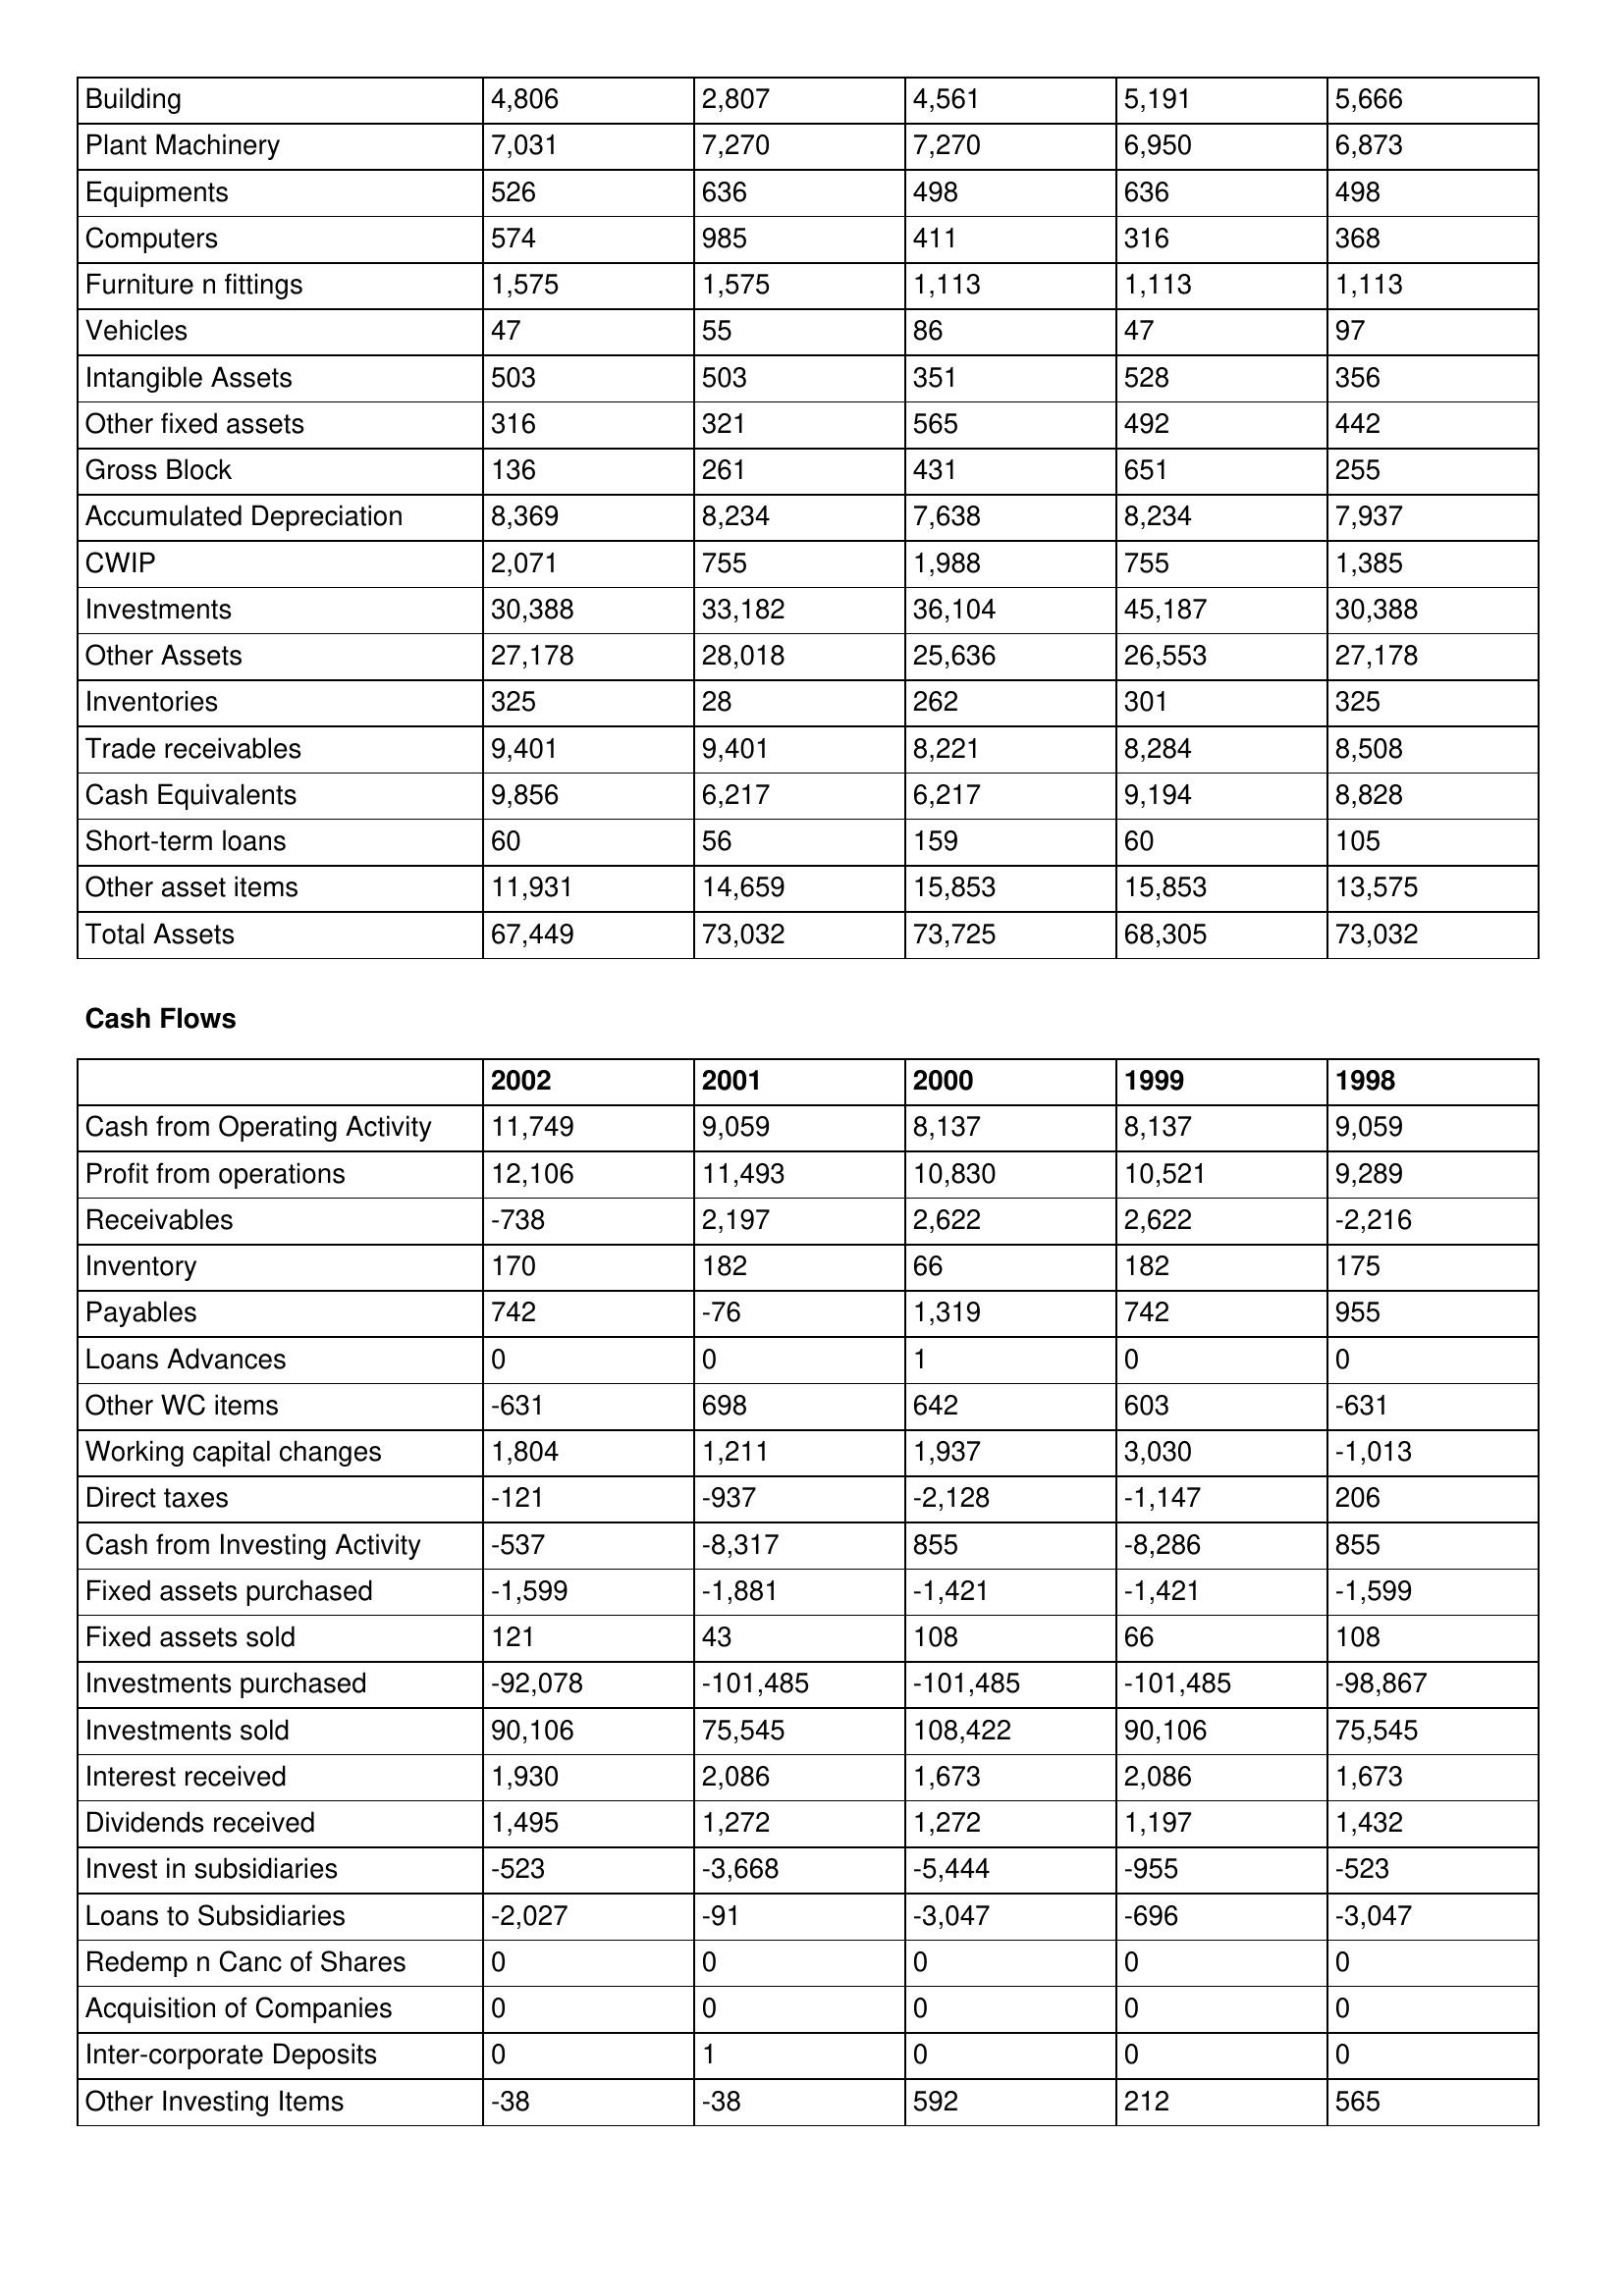
gt_parse: 2002: Balance Sheet: Building: 4,806
Plant Machinery: 7,031
Equipments: 526
Computers: 574
Furniture n fittings: 1,575
Vehicles: 47
Intangible Assets: 503
Other fixed assets: 316
Gross Block: 136
Accumulated Depreciation: 8,369
CWIP: 2,071
Investments: 30,388
Other Assets: 27,178
Inventories: 325
Trade receivables: 9,401
Cash Equivalents: 9,856
Short-term loans: 60
Other asset items: 11,931
Total Assets: 67,449
Cash Flows: Cash from Operating Activity: 11,749
Profit from operations: 12,106
Receivables: -738
Inventory: 170
Payables: 742
Loans Advances: 0
Other WC items: -631
Working capital changes: 1,804
Direct taxes: -121
Cash from Investing Activity: -537
Fixed assets purchased: -1,599
Fixed assets sold: 121
Investments purchased: -92,078
Investments sold: 90,106
Interest received: 1,930
Dividends received: 1,495
Invest in subsidiaries: -523
Loans to Subsidiaries: -2,027
Redemp n Canc of Shares: 0
Acquisition of Companies: 0
Inter-corporate Deposits: 0
Other Investing Items: -38
2001: Balance Sheet: Building: 2,807
Plant Machinery: 7,270
Equipments: 636
Computers: 985
Furniture n fittings: 1,575
Vehicles: 55
Intangible Assets: 503
Other fixed assets: 321
Gross Block: 261
Accumulated Depreciation: 8,234
CWIP: 755
Investments: 33,182
Other Assets: 28,018
Inventories: 28
Trade receivables: 9,401
Cash Equivalents: 6,217
Short-term loans: 56
Other asset items: 14,659
Total Assets: 73,032
Cash Flows: Cash from Operating Activity: 9,059
Profit from operations: 11,493
Receivables: 2,197
Inventory: 182
Payables: -76
Loans Advances: 0
Other WC items: 698
Working capital changes: 1,211
Direct taxes: -937
Cash from Investing Activity: -8,317
Fixed assets purchased: -1,881
Fixed assets sold: 43
Investments purchased: -101,485
Investments sold: 75,545
Interest received: 2,086
Dividends received: 1,272
Invest in subsidiaries: -3,668
Loans to Subsidiaries: -91
Redemp n Canc of Shares: 0
Acquisition of Companies: 0
Inter-corporate Deposits: 1
Other Investing Items: -38
2000: Balance Sheet: Building: 4,561
Plant Machinery: 7,270
Equipments: 498
Computers: 411
Furniture n fittings: 1,113
Vehicles: 86
Intangible Assets: 351
Other fixed assets: 565
Gross Block: 431
Accumulated Depreciation: 7,638
CWIP: 1,988
Investments: 36,104
Other Assets: 25,636
Inventories: 262
Trade receivables: 8,221
Cash Equivalents: 6,217
Short-term loans: 159
Other asset items: 15,853
Total Assets: 73,725
Cash Flows: Cash from Operating Activity: 8,137
Profit from operations: 10,830
Receivables: 2,622
Inventory: 66
Payables: 1,319
Loans Advances: 1
Other WC items: 642
Working capital changes: 1,937
Direct taxes: -2,128
Cash from Investing Activity: 855
Fixed assets purchased: -1,421
Fixed assets sold: 108
Investments purchased: -101,485
Investments sold: 108,422
Interest received: 1,673
Dividends received: 1,272
Invest in subsidiaries: -5,444
Loans to Subsidiaries: -3,047
Redemp n Canc of Shares: 0
Acquisition of Companies: 0
Inter-corporate Deposits: 0
Other Investing Items: 592
1999: Balance Sheet: Building: 5,191
Plant Machinery: 6,950
Equipments: 636
Computers: 316
Furniture n fittings: 1,113
Vehicles: 47
Intangible Assets: 528
Other fixed assets: 492
Gross Block: 651
Accumulated Depreciation: 8,234
CWIP: 755
Investments: 45,187
Other Assets: 26,553
Inventories: 301
Trade receivables: 8,284
Cash Equivalents: 9,194
Short-term loans: 60
Other asset items: 15,853
Total Assets: 68,305
Cash Flows: Cash from Operating Activity: 8,137
Profit from operations: 10,521
Receivables: 2,622
Inventory: 182
Payables: 742
Loans Advances: 0
Other WC items: 603
Working capital changes: 3,030
Direct taxes: -1,147
Cash from Investing Activity: -8,286
Fixed assets purchased: -1,421
Fixed assets sold: 66
Investments purchased: -101,485
Investments sold: 90,106
Interest received: 2,086
Dividends received: 1,197
Invest in subsidiaries: -955
Loans to Subsidiaries: -696
Redemp n Canc of Shares: 0
Acquisition of Companies: 0
Inter-corporate Deposits: 0
Other Investing Items: 212
1998: Balance Sheet: Building: 5,666
Plant Machinery: 6,873
Equipments: 498
Computers: 368
Furniture n fittings: 1,113
Vehicles: 97
Intangible Assets: 356
Other fixed assets: 442
Gross Block: 255
Accumulated Depreciation: 7,937
CWIP: 1,385
Investments: 30,388
Other Assets: 27,178
Inventories: 325
Trade receivables: 8,508
Cash Equivalents: 8,828
Short-term loans: 105
Other asset items: 13,575
Total Assets: 73,032
Cash Flows: Cash from Operating Activity: 9,059
Profit from operations: 9,289
Receivables: -2,216
Inventory: 175
Payables: 955
Loans Advances: 0
Other WC items: -631
Working capital changes: -1,013
Direct taxes: 206
Cash from Investing Activity: 855
Fixed assets purchased: -1,599
Fixed assets sold: 108
Investments purchased: -98,867
Investments sold: 75,545
Interest received: 1,673
Dividends received: 1,432
Invest in subsidiaries: -523
Loans to Subsidiaries: -3,047
Redemp n Canc of Shares: 0
Acquisition of Companies: 0
Inter-corporate Deposits: 0
Other Investing Items: 565